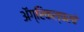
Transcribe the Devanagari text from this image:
अॅग्रिकल्चरचे